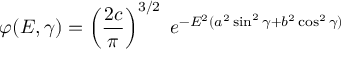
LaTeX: \varphi ( E , \gamma ) = \left( \frac { 2 c } { \pi } \right) ^ { 3 / 2 } \; e ^ { - E ^ { 2 } ( a ^ { 2 } \sin ^ { 2 } \gamma + b ^ { 2 } \cos ^ { 2 } \gamma ) }